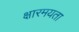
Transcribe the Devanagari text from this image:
क्षारमयता